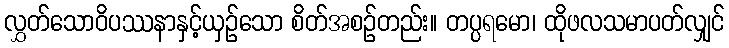
လွှတ်သောဝိပဿနာနှင့်ယှဉ်သော စိတ်အစဉ်တည်း။ တပ္ပရမော၊ ထိုဖလသမာပတ်လျှင်